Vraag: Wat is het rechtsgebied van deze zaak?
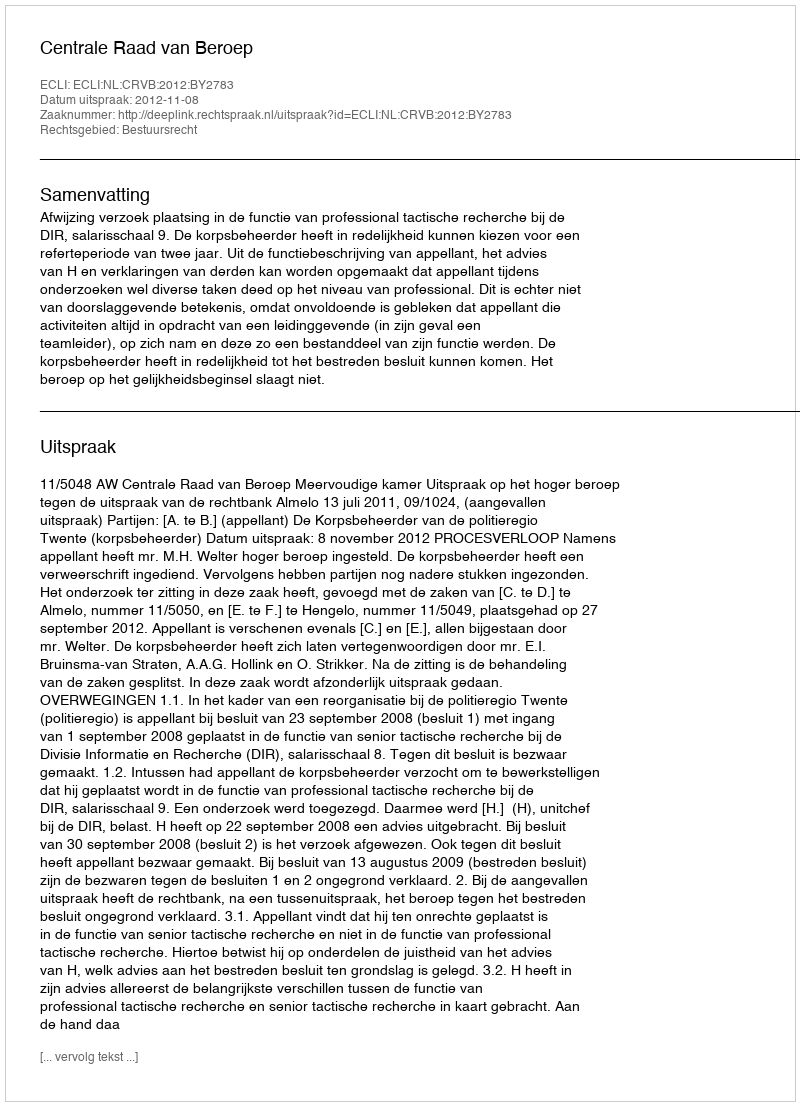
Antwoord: Bestuursrecht